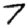
Digit: 7